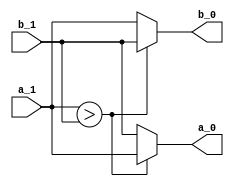
module comparator(
    input [5:0] a_1,
    input [5:0] b_1,
    output reg [5:0] a_0,
    output reg [5:0] b_0
);

    always @(a_1, b_1) begin
        if (a_1 > b_1) begin
            a_0 = a_1;
            b_0 = b_1;
        end
        else begin
            a_0 = b_1;
            b_0 = a_1;
        end
    end
endmodule